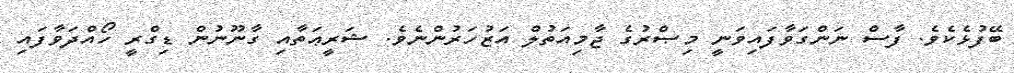
ބޭފުޅެކެވެ. ފާސް ނަންގަވާފައިވަނީ މިޞްރުގެ ޖާމިއަތުލް އަޒުހަރުންނެވެ. ޝަރީޢަތާއި ގާނޫނުން ޑިގްރީ ހޯއްދަވާފައި